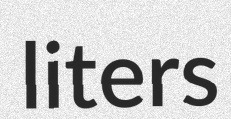
liters